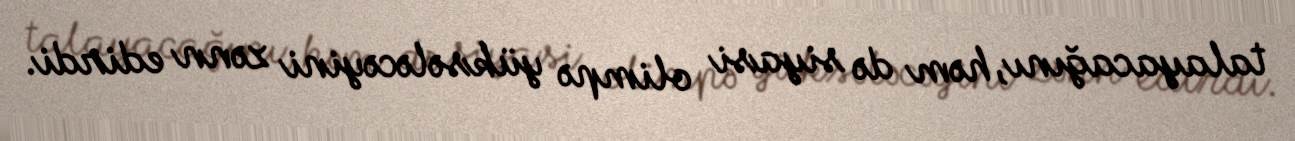
talayacağını, həm də siyasi olimpə yüksələcəyini zənn edirdi.